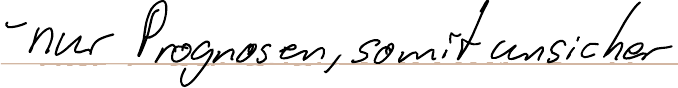
- nur Prognosen, somit unsicher